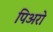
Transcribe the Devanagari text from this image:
पिअरो